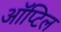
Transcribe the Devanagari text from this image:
ऑप्टिल